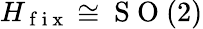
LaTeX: H_{\mathrm{~f~i~x~}}\cong\mathrm{~S~O~}(2)